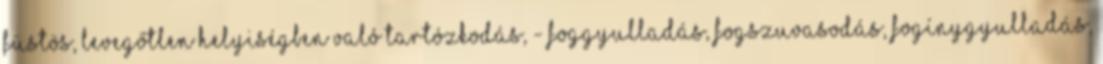
füstös, levegőtlen helyiségben való tartózkodás, - foggyulladás, fogszuvasodás, fogínygyulladás,